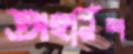
অহর্নিশ